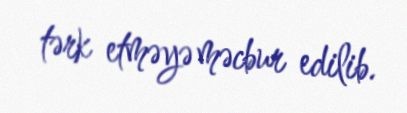
tərk etməyə məcbur edilib.